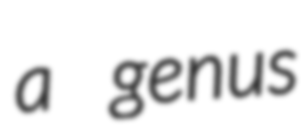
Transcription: a genus